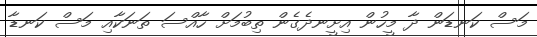
މަސް ކަނޑަން ދާ މީހުން އިށީނދެގެން ތިބުމަށް ހާއްސަ ތަނަކާއި މަސް ކަނޑާ